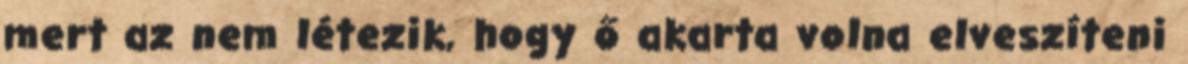
mert az nem létezik, hogy ő akarta volna elveszíteni